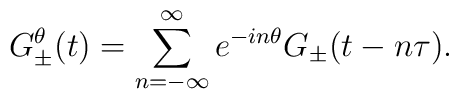
G_\pm^\theta(t)=\sum_{n=-\infty}^\infty e^{-in\theta} G_\pm(t-n\tau).